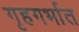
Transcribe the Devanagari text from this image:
गृहगर्भात